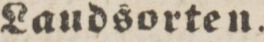
Laudsorten.